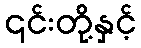
၎င်းတို့နှင့်